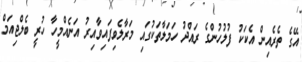
އޭގެ ތެރެއިން އެކަކު ފުލުހުންގެ ރައްދު ހަމަލާތަކުގައި މަރާލެވިފައިވާއިރު އަނެއްމީހާ ހުރީ ބެލްޖިއަމް